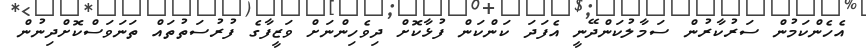
އެހެންކަމުން ސަރުކާރުން ސަމާލުކަންދޭނީ އެފަދަ ކަންކަން ފުޅާކޮށް ދިވެހިންނަށް ވަޒީފާގެ ފުރުސަތުތައް ތަނަވަސްކޮށްދިނުން